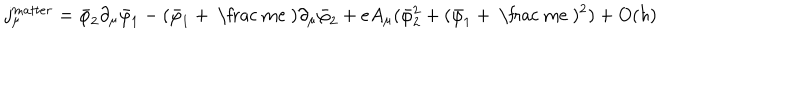
LaTeX: j _ { \mu } ^ { m a t t e r } = \bar { \varphi } _ { 2 } \partial _ { \mu } \bar { \varphi } _ { 1 } - ( \bar { \varphi } _ { 1 } + \mathrm { ~ \frac ~ m e ~ } ) \partial _ { \mu } \bar { \varphi } _ { 2 } + e A _ { \mu } ( \bar { \varphi } _ { 2 } ^ { 2 } + ( \bar { \varphi } _ { 1 } + \mathrm { ~ \frac ~ m e ~ } ) ^ { 2 } ) + O ( \hbar )